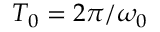
T _ { 0 } = 2 \pi / \omega _ { 0 }